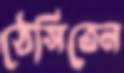
ঠেসিতেন